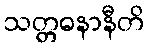
သတ္တဓနာနီတိ